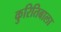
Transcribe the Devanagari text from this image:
कुरितिबाला